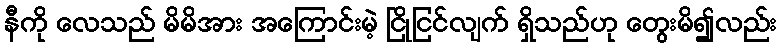
နီကို လေသည် မိမိအား အကြောင်းမဲ့ ငြိုငြင်လျက် ရှိသည်ဟု တွေးမိ၍လည်း